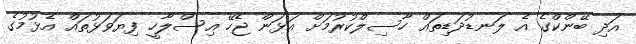
އަދި ބޭންކްގެ އެ ލަނޑުދަޑިތައް ހާސިލްކުރުމަށް އަޅަން ޖެހޭ އިސްލާހީ ފިޔަވަޅުތައް އެޅުމުގެ